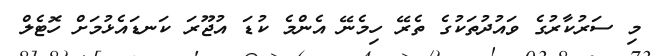
މި ސަރުކާރުގެ ވައުދުތަކުގެ ތެރޭ ހިމެނޭ އެންމެ ކުޑަ އުޖޫރަ ކަނޑައެޅުމަށް ހޮޓެލް